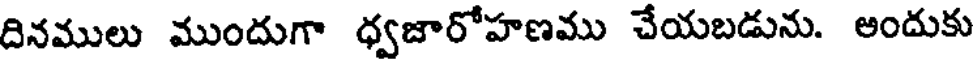
దినములు ముందుగా ధ్వజారోహణము చేయబడును. అందుకు